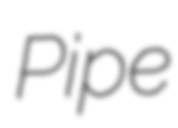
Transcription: Pipe